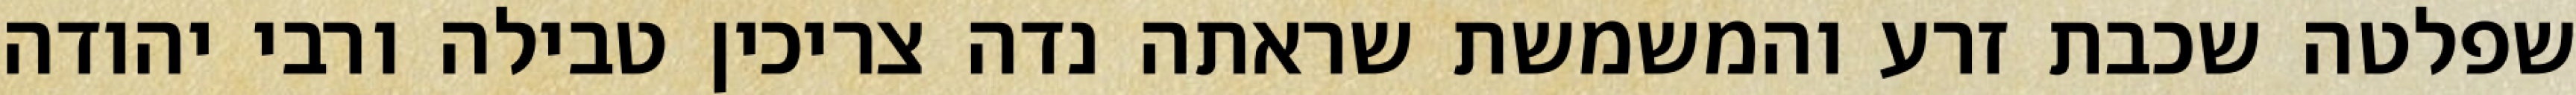
שפלטה שכבת זרע והמשמשת שראתה נדה צריכין טבילה ורבי יהודה